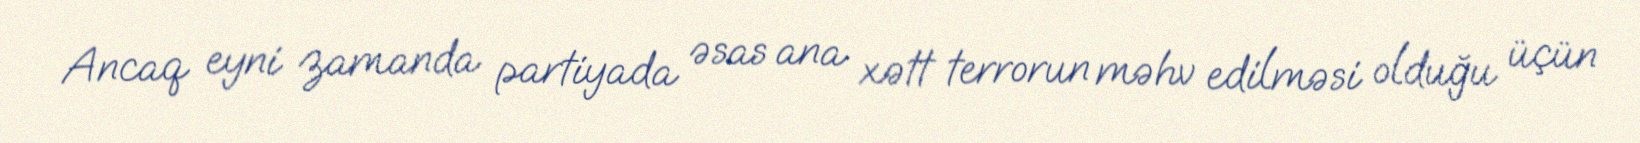
Ancaq eyni zamanda partiyada əsas ana xətt terrorun məhv edilməsi olduğu üçün